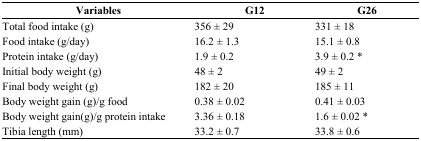
<table><thead><tr><td><b>Variables</b></td><td><b>G12</b></td><td><b>G26</b></td></tr></thead><tbody><tr><td>Total food intake (g)</td><td>356 ± 29</td><td>331 ± 18</td></tr><tr><td>Food intake (g/day)</td><td>16.2 ± 1.3</td><td>15.1 ± 0.8</td></tr><tr><td>Protein intake (g/day)</td><td>1.9 ± 0.2</td><td>3.9 ± 0.2 *</td></tr><tr><td>Initial body weight (g)</td><td>48 ± 2</td><td>49 ± 2</td></tr><tr><td>Final body weight (g)</td><td>182 ± 20</td><td>185 ± 11</td></tr><tr><td>Body weight gain (g)/g food</td><td>0.38 ± 0.02</td><td>0.41 ± 0.03</td></tr><tr><td>Body weight gain(g)/g protein intake</td><td>3.36 ± 0.18</td><td>1.6 ± 0.02 *</td></tr><tr><td>Tibia length (mm)</td><td>33.2 ± 0.7</td><td>33.8 ± 0.6</td></tr></tbody></table>